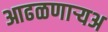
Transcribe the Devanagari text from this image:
आढळणार्‍यअ